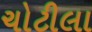
ચોટીલા